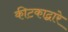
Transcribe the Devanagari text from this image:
कीटकाद्वारे